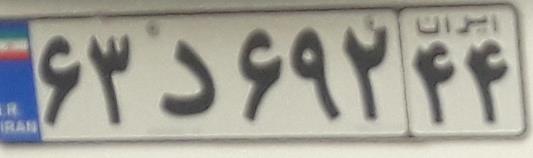
۶۳د۶۹۲۴۴